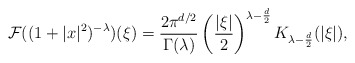
\begin{align*}\mathcal{F}((1+|x|^2)^{-\lambda})(\xi)= \frac{2\pi^{d/2}}{\Gamma(\lambda)} \left( \frac{|\xi|}{2}\right)^{\lambda-\frac{d}{2}} K_{\lambda-\frac{d}{2}}(|\xi|),\end{align*}